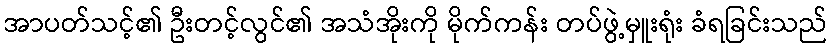
အာပတ်သင့်၏ ဦးတင့်လွင်၏ အသံအိုးကို မိုက်ကန်း တပ်ဖွဲ့မှူးရုံး ခံရခြင်းသည်